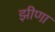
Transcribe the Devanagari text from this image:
झीणा